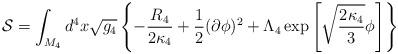
LaTeX: \begin{align*}{\cal S}=\int_{M_{4}}d^{4}x\sqrt{g_{4}}\left\{ -\frac{R_{4}}{2\kappa_4}+\frac{1}{2}(\partial\phi)^{2}+\Lambda_4\exp\left[ \sqrt{\frac{2\kappa_4}{3}}\phi\right]\right\}\end{align*}